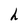
Character: h